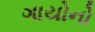
ગાયોનો